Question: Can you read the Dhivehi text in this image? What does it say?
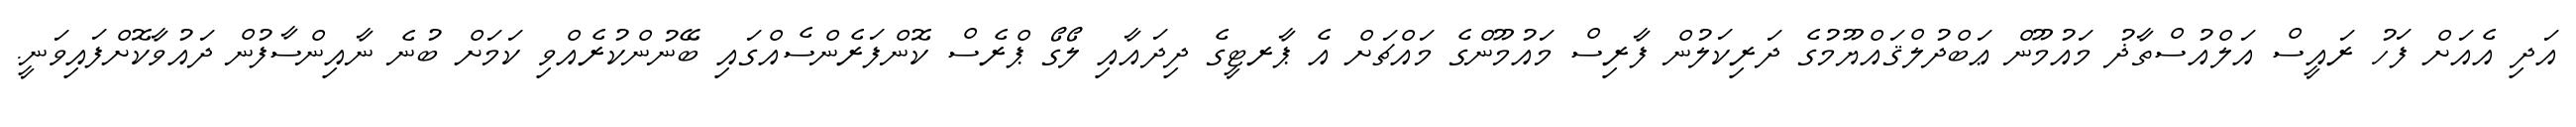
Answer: އަދި އެއަށް ފަހު ރައީސް އަލްއުސްތާޛު މައުމޫން ޢަބްދުލްޤައްޔޫމުގެ ދަރިކަލުން ފާރިސް މައުމޫންގެ މައްޗަށް އެ ޕާރޓީގެ ދިދައާއި ލޯގޯ ޕްރެސް ކޮންފަރެންސެއްގައި ބޭނުންކުރެއްވި ކަމަށް ބުނެ ނާއިންސާފުން ދައުވާކޮށްފައިވަނީ.